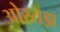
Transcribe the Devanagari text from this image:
ओस्तझ